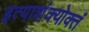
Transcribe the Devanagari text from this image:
इत्याशंक्योक्तं